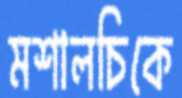
মশালচিকে